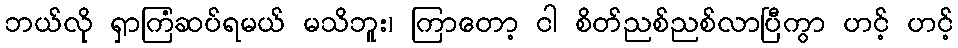
ဘယ်လို ရှာကြံဆပ်ရမယ် မသိဘူး၊ ကြာတော့ ငါ စိတ်ညစ်ညစ်လာပြီကွာ ဟင့် ဟင့်